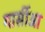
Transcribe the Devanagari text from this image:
गार्सीआ